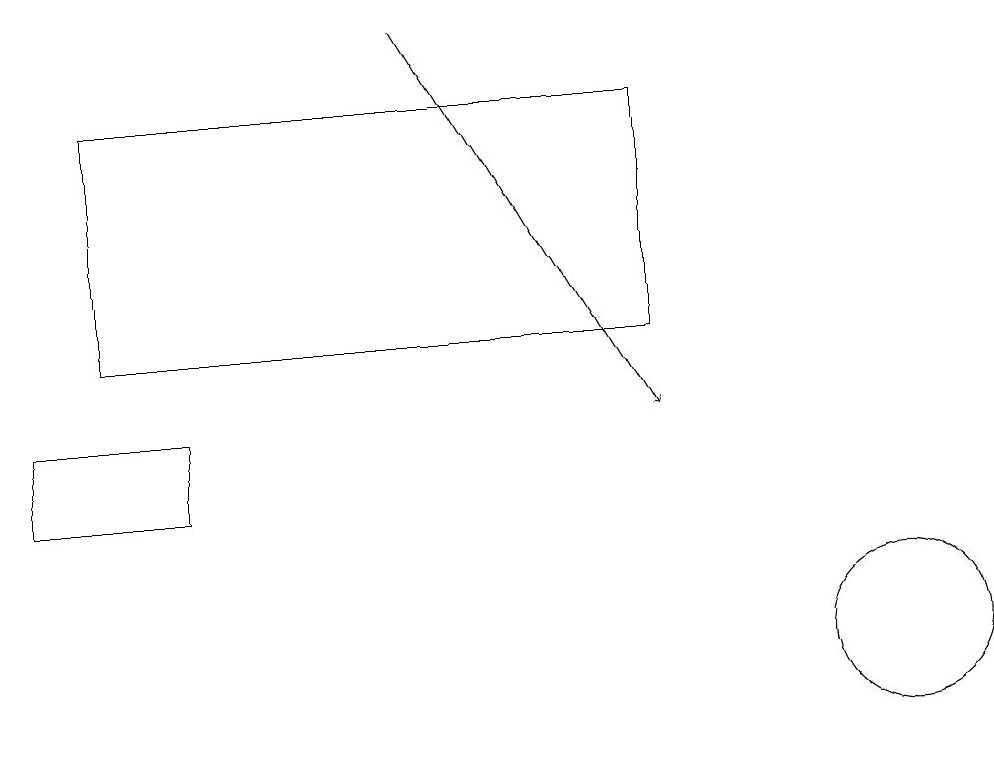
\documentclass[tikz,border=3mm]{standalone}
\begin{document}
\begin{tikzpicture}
\draw (12,10) circle (1);
\draw (1,13) rectangle (3,12);
\draw[->] (6,18) -- (9,13);
\draw (2,17) rectangle (9,14);
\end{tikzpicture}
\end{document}